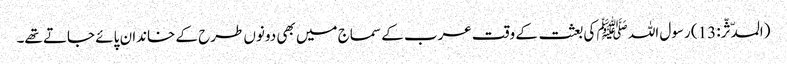
(المدّثّر: 13) رسول اللہ ﷺ کی بعثت کے وقت عرب کے سماج میں بھی دونوں طرح کے خاندان پائے جاتے تھے۔